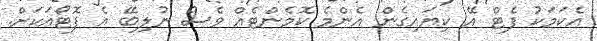
އެކަމަކު ފެޓް އޭ ކިޔައިގެން އެންމެ ކޮމެންޓެއް ވެސް ނުލިބޭ އެ ފޮޓޯއަކަށް.